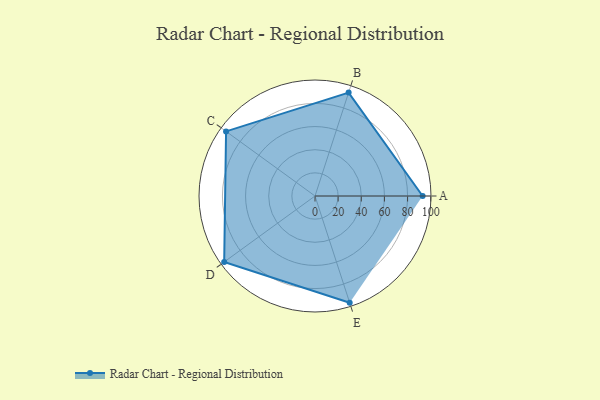
{"axis": {"x": "Skill", "y": "Score"}, "legend": ["Profile"], "data": [{"x": "A", "y": 93.0, "type": "Profile"}, {"x": "B", "y": 94.0, "type": "Profile"}, {"x": "C", "y": 95.0, "type": "Profile"}, {"x": "D", "y": 97.0, "type": "Profile"}, {"x": "E", "y": 97.0, "type": "Profile"}]}